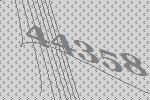
44358